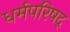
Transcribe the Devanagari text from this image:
धर्मपरिषद्